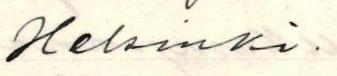
Helsinki.